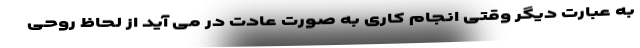
به عبارت دیگر وقتی انجام کاری به صورت عادت در می آید از لحاظ روحی